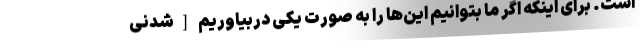
است. برای اینکه اگر ما بتوانیم این‌ها را به صورت یکی دربیاوریم [شدنی